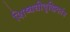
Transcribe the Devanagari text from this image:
शिष्यधीवृद्धिदतंत्र